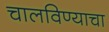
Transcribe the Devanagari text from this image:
चालविण्‍याचा